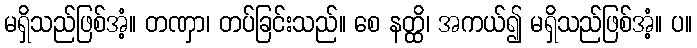
မရှိသည်ဖြစ်အံ့။ တဏှာ၊ တပ်ခြင်းသည်။ စေ နတ္ထိ၊ အကယ်၍ မရှိသည်ဖြစ်အံ့။ ပ။